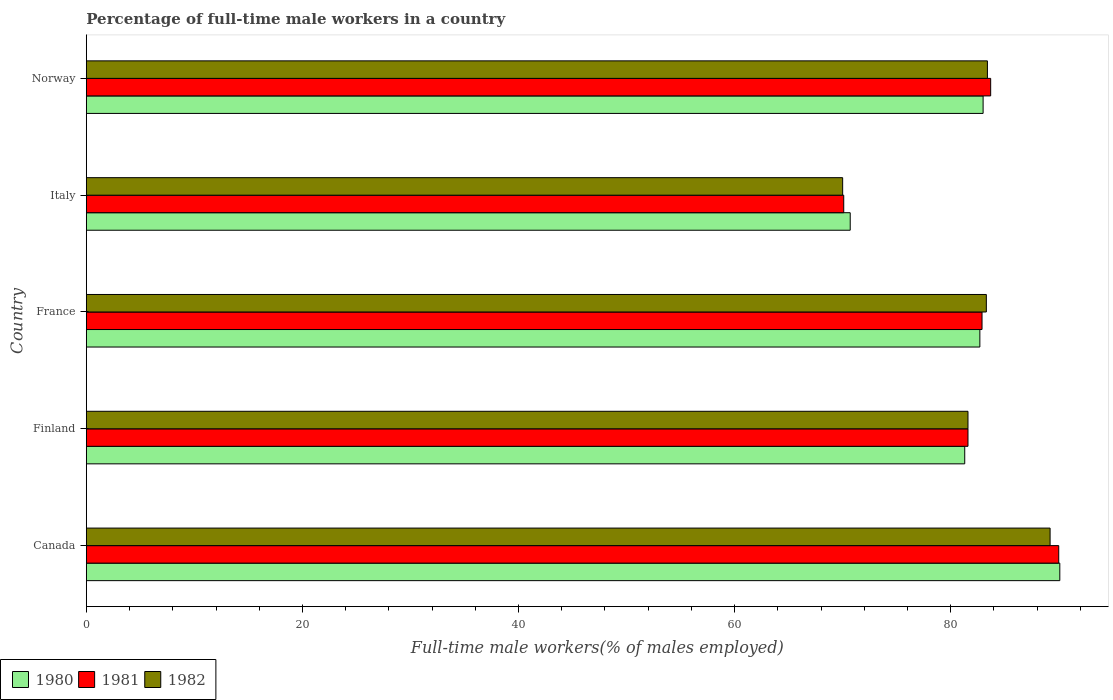
| Country | 1980 | 1981 | 1982 |
 | --- | --- | --- | --- |
 | Canada | 90.1 | 90 | 89.2 |
 | Finland | 81.3 | 81.6 | 81.6 |
 | France | 82.7 | 82.9 | 83.3 |
 | Italy | 70.7 | 70.1 | 70 |
 | Norway | 83 | 83.7 | 83.4 |